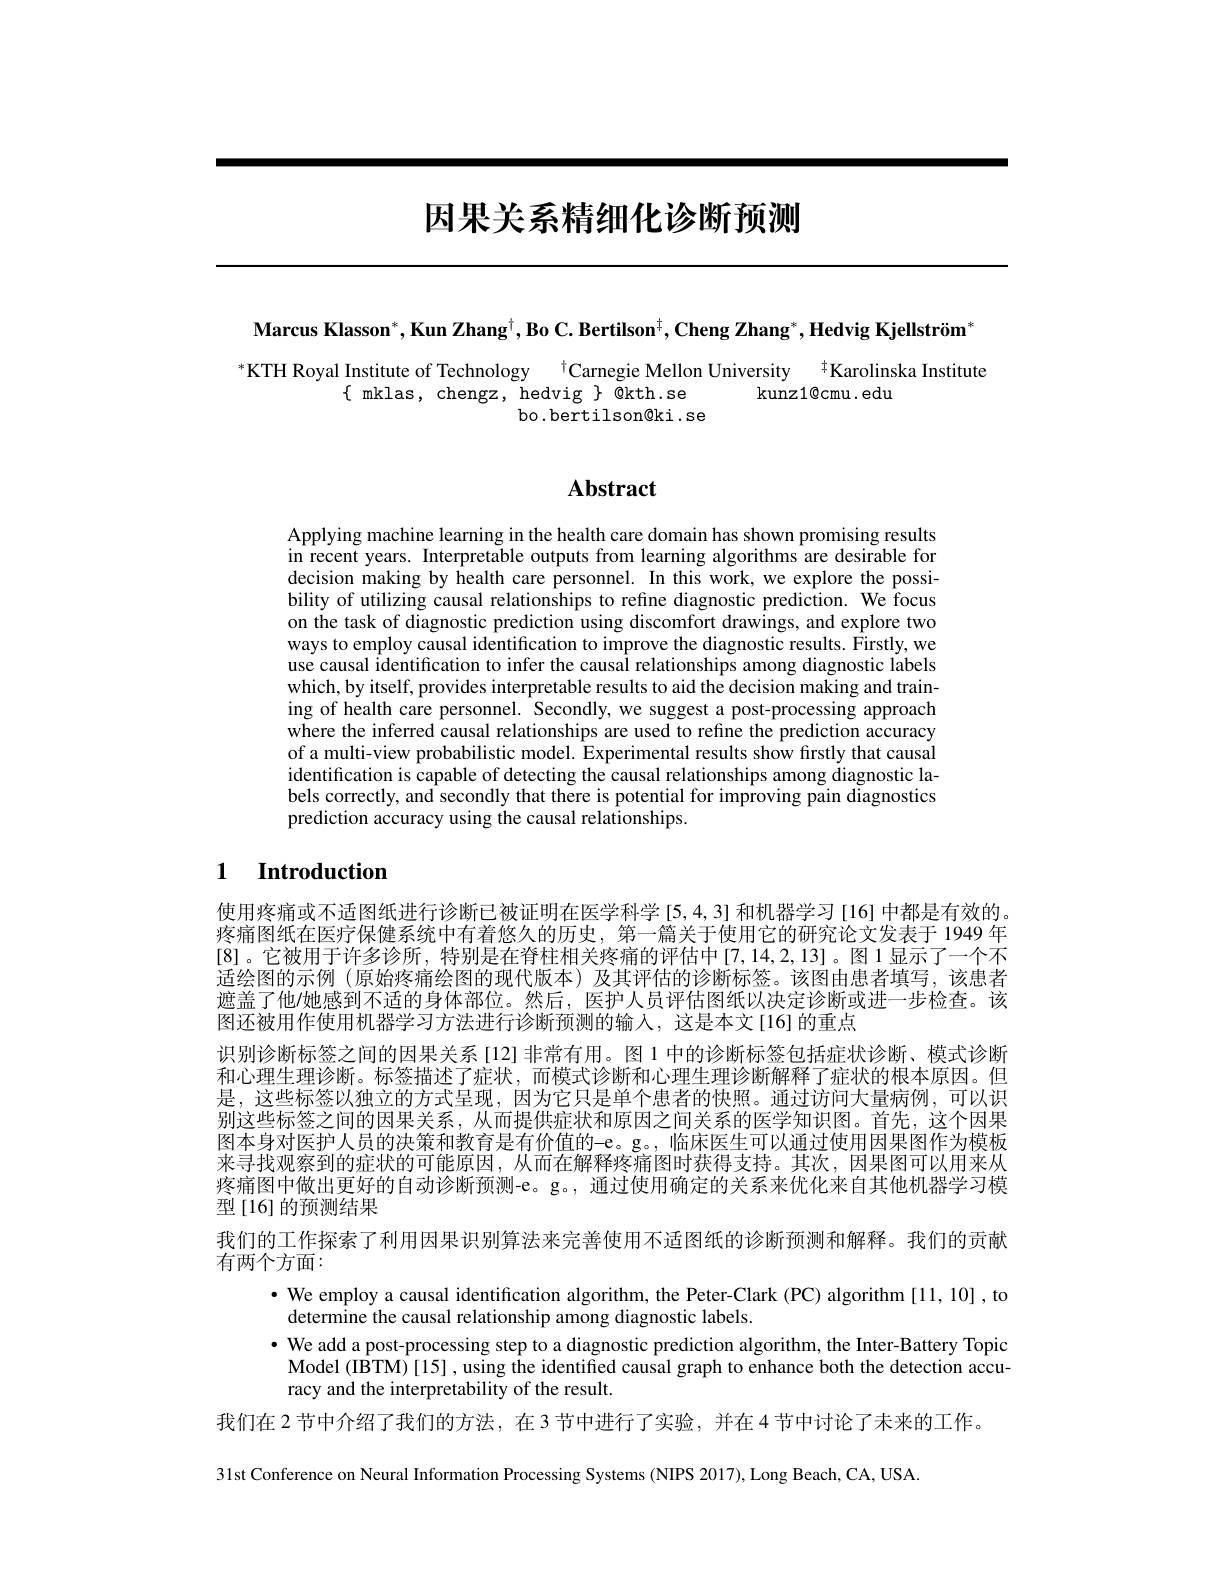
# 因果关系精细化诊断预测

$\textbf{Marcus Klasson}^*,\textbf{Kun Zhang}^\dagger,\textbf{Bo C. Bertilson}^\dagger,\textbf{Cheng Zhang}^*,\textbf{Hedvig Kjellstr\"{o}m}^*$

KTH Royal Institute of Technology $^{\dagger}$Carnegie Mellon University $^{\dagger}$Karolinska Institute
$\{$mklas, chengz, hedvig $\}$ @kth.se
kunz1@cmu. edu
bo.bertilson@ki.se

# Abstract

Applying machine learning in the health care domain has shown promising results in recent years. Interpretable outputs from learning algorithms are desirable for decision making by health care personnel. In this work, we explore the possibility of utilizing causal relationships to refine diagnostic prediction. We focus on the task of diagnostic prediction using discomfort drawings, and explore two ways to employ causal identification to improve the diagnostic results. Firstly, we use causal identification to infer the causal relationships among diagnostic labels which, by itself, provides interpretable results to aid the decision making and training of health care personnel. Secondly, we suggest a post-processing approach where the inferred causal relationships are used to refine the prediction accuracy of a multi-view probabilistic model. Experimental results show firstly that causal identification is capable of detecting the causal relationships among diagnostic labels correctly, and secondly that there is potential for improving pain diagnostics prediction accuracy using the causal relationships.

## 1 Introduction

使用疼痛或不适图纸进行诊断已被证明在医学科学[5,4,3] 和机器学习[16] 中都是有效的。疼痛图纸在医疗保健系统中有着悠久的历史，第一篇关于使用它的研究论文发表于 1949 年[8]。它被用于许多诊所，特别是在脊柱相关疼痛的评估中[7,14,2,13]。图1显示了一个不适绘图的示例 (原始疼痛绘图的现代版本)及其评估的诊断标签。该图由患者填写，该患者遮盖了他她感到不适的身体部位。然后，医护人员评估图纸以决定诊断或进一步检查。该图还被用作使用机器学习方法进行诊断预测的输入，这是本文[16]的重点
识别诊断标签之间的因果关系[12]非常有用。图 1 中的诊断标签包括症状诊断、模式诊断和心理生理诊断。标签描述了症状，而模式诊断和心理生理诊断解释了症状的根本原因。但是，这些标签以独立的方式呈现，因为它只是单个患者的快照。通过访问大量病例，可以识别这些标签之间的因果关系，从而提供症状和原因之间关系的医学知识图。首先，这个因果图本身对医护人员的决策和教育是有价值的-e。g。,临床医生可以通过使用因果图作为模板来寻找观察到的症状的可能原因，从而在解释疼痛图时获得支持。其次，因果图可以用来从疼痛图中做出更好的自动诊断预测-e。g。, 通过使用确定的关系来优化来自其他机器学习模型[16]的预测结果
我们的工作探索了利用因果识别算法来完善使用不适图纸的诊断预测和解释。我们的贡献
有两个方面：
· We employ a causal identification algorithm, the Peter-Clark (PC) algorithm [11,10] , to
determine the causal relationship among diagnostic labels.
· We add a post-processing step to a diagnostic prediction algorithm, the Inter-Battery Topic
Model (IBTM)[15] , using the identified causal graph to enhance both the detection accu-
racy and the interpretability of the result.
我们在 2 节中介绍了我们的方法，在 3 节中进行了实验，并在 4 节中讨论了未来的工作。
31st Conference on Neural Information Processing Systems (NIPS 2017), Long Beach, CA, USA